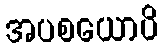
အပစယောပိ